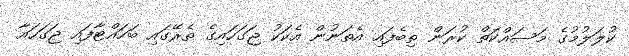
ކުލަލުމުގެ މަސައްކަތް ކުރަން ތިބެފައި އެތަނުން އެކަކު ޖަގަހައިގެ ތެރޭގައި ބަހައްޓާފައި ޖަގަހައާ